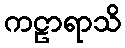
ကဠာရာသိ